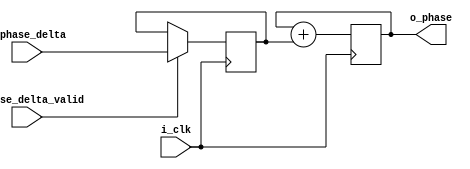
`default_nettype none

module phase_generator #(
  parameter FREQ_HZ = 440,
  parameter SAMPLE_HZ = 25_000_000
) (
  input wire          i_clk,
  input wire [31:0]   i_phase_delta,
  input wire          i_phase_delta_valid,
  output wire [31:0]  o_phase
);
  
  reg [31:0]    r_phase = 0;
  reg [31:0]    r_phase_delta = 0;
  always @(posedge i_clk) begin
    if (i_phase_delta_valid) begin
      r_phase_delta <= i_phase_delta;
    end

    r_phase <= r_phase + r_phase_delta;
  end
  assign o_phase = r_phase;
endmodule